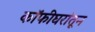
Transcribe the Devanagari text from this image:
कॉफीघरांतून